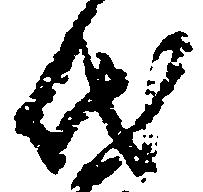
代